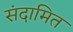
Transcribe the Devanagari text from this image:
संदामित